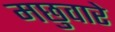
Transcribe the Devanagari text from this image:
मछुवारे